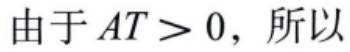
由于 \(AT > 0\)，所以